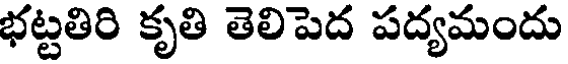
భట్టతిరి కృతి తెలిపెద పద్యమందు